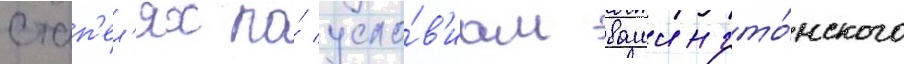
стап'ел'ях по́ усло́в'иам вашингто́нского